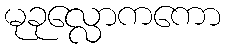
မုခုလ္လောကကော